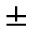
\pm